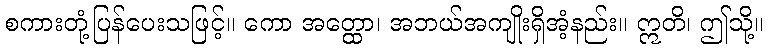
စကားတုံ့ပြန်ပေးသဖြင့်။ ကော အတ္ထော၊ အဘယ်အကျိုးရှိအံ့နည်း။ ဣတိ၊ ဤသို့။